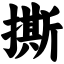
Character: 撕